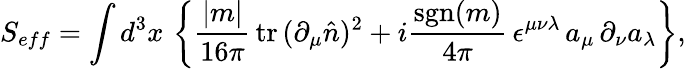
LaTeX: S_{eff}=\int d^{3}x\, \left\{ \frac{|m|}{16\pi}\, \mathrm{tr}\, (\partial_{\mu}\hat{n})^{2}+i\frac{\mathrm{sgn}(m)}{4\pi}\, \epsilon^{\mu\nu\lambda}\, a_{\mu}\, \partial_{\nu}a_{\lambda}\right\} ,